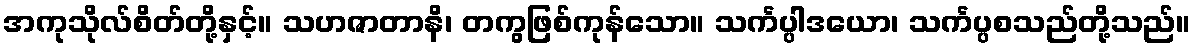
အကုသိုလ်စိတ်တို့နှင့်။ သဟဇာတာနိ၊ တကွဖြစ်ကုန်သော။ သင်္ကပ္ပါဒယော၊ သင်္ကပ္ပစသည်တို့သည်။